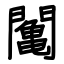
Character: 䦰